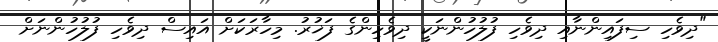
"ދިވެހި ސިފައިންނާއި ދިވެހި ފުލުހުންނަކީ ދިވެހިންގެ ފަޚުރު. މިހާރަކަށް އައިސް ދިވެހި ފުލުހުންނަށް